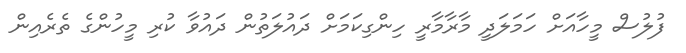
ފުލުސް މީހާއަށް ހަމަލަދީ މާރާމާރީ ހިންގިކަމަށް ދައުލަތުން ދައުވާ ކުރި މީހުންގެ ތެރެއިން